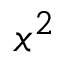
x ^ { 2 }